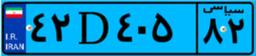
۴۲D۴۰۵۸۲